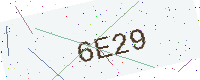
Text: 6E29